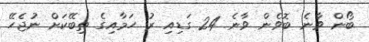
ބޯން ވާނެ ބޮވެން ވާނެ 24 ގަޑިއި ރު ހަމާއިގެ ތިބޭކަށް ނުޖެހޭ